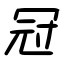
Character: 冠